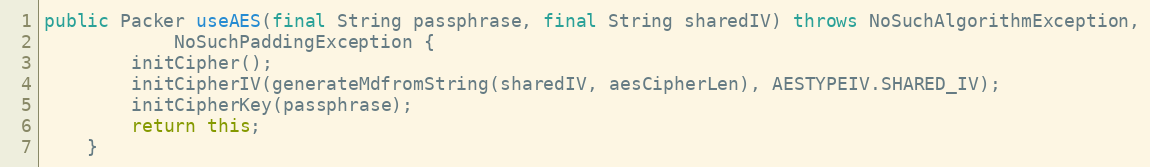
Language: Java
public Packer useAES(final String passphrase, final String sharedIV) throws NoSuchAlgorithmException,
			NoSuchPaddingException {
		initCipher();
		initCipherIV(generateMdfromString(sharedIV, aesCipherLen), AESTYPEIV.SHARED_IV);
		initCipherKey(passphrase);
		return this;
	}